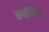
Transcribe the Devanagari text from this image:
कर्यन्वित